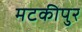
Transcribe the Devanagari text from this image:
मटकीपुर